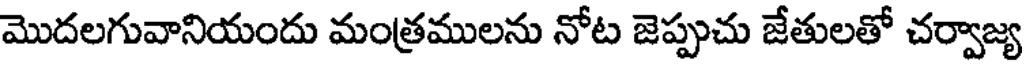
మొదలగువానియందు మంత్రములను నోట జెప్పుచు జేతులతో చర్వాజ్య